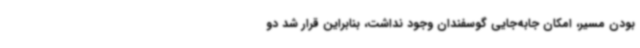
بودن مسیر، امکان جابه‌جایی گوسفندان وجود نداشت، بنابراین قرار شد دو